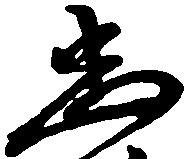
忠